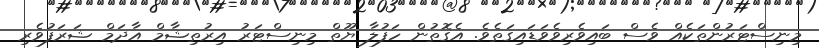
މިނިސްޓަރުންތަކެއް ވެސް ބައިވެރިވެވަޑައިގަތެވެ. އެގޮތުން ހަފުލާ ޔޫތް މިނިސްޓަރު އިރުތިޝާމް އާދަމް ޝަރަފުވެރި